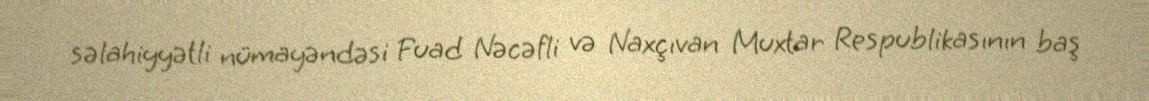
səlahiyyətli nümayəndəsi Fuad Nəcəfli və Naxçıvan Muxtar Respublikasının baş